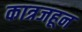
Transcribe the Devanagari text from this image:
कात्रजहून